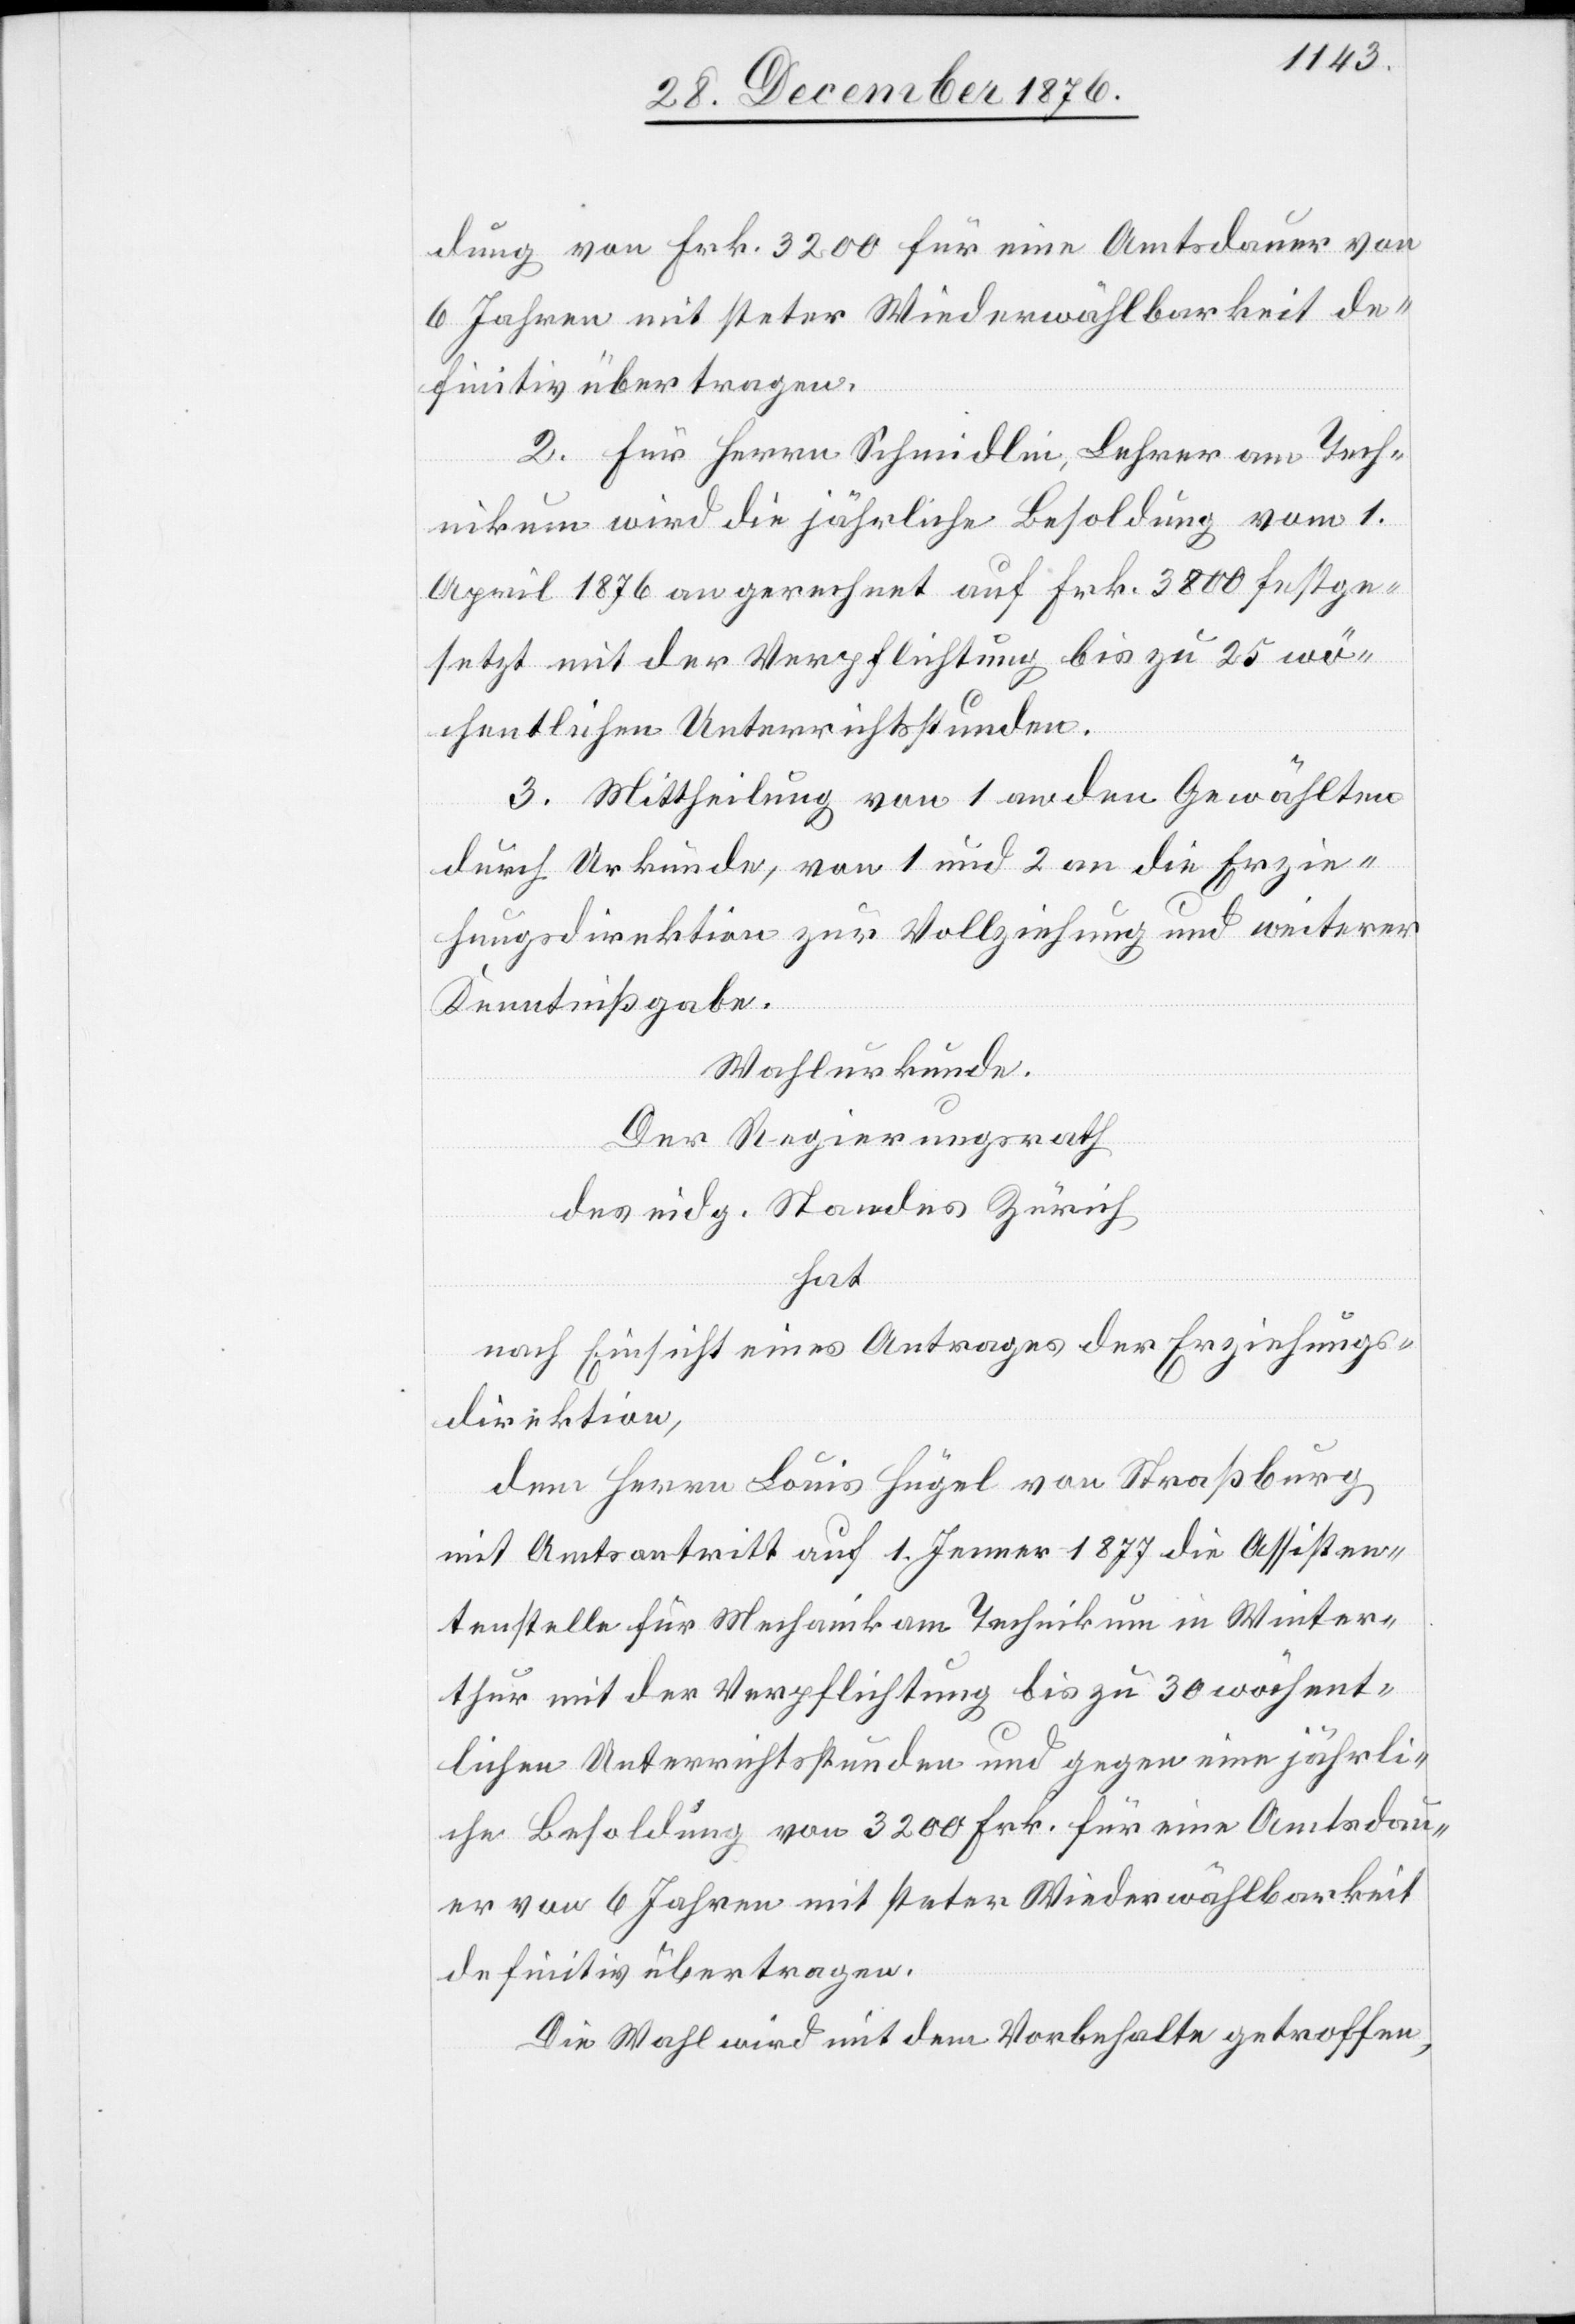
dung von Frk. 3200 für eine Amtsdauer von
6 Jahren mit steter Wiederwählbarkeit de¬
finitiv übertragen.
2. Für Herrn Schmidlin, Lehrer am Tech¬
nikum wird die jährliche Besoldung vom 1.
April 1876 an gerechnet auf Frk. 3800 festge¬
setzt mit der Verpflichtung bis zu 25 wö¬
chentliche Unterrichtsstunden.
3. Mittheilung von 1 an den Gewählten
durch Urkunde, von 1 und 2 an die Erzie¬
hungsdirektion zur Vollziehung und weiterer
Kenntnißgabe.
Wahlurkunde.
Der Regierungsrath
des eidg. Standes in Zürich
hat
nach Einsicht eines Antrages der Erziehungs¬
direktion,
dem Herrn Louis Hügel von Straßburg
mit Amtsantritt auf 1. Jenner 1877 die Assisten¬
tenstelle für Mechanik am Technikum in Winter¬
thur mit der Verpflichtung bis zu 30 wöchent¬
lichen Unterrichtsstunden und gegen eine jährli¬
che Besoldung von 3200 Frk. für eine Amtsdau¬
er von 6 Jahren mit steter Wiederwählbarkeit
definitiv übertragen.
Die Wahl wird mit dem Vorbehalte getroffen,